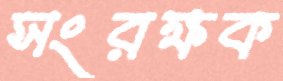
সংরক্ষক